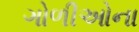
ગોળીઓના